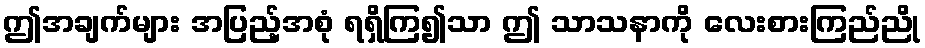
ဤအချက်များ အပြည့်အစုံ ရရှိကြ၍သာ ဤ သာသနာကို လေးစားကြည်ညို